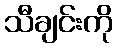
သီချင်းကို